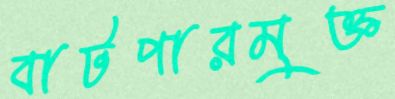
বাটপারমুক্ত